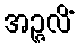
အဉ္ဇလိံ